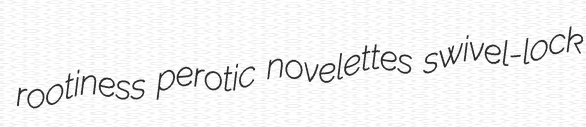
rootiness perotic novelettes swivel-lock